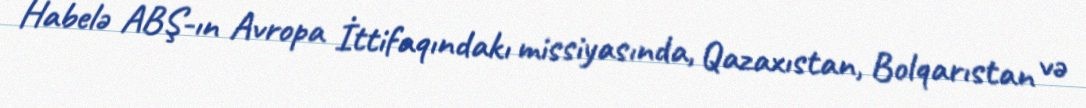
Habelə ABŞ-ın Avropa İttifaqındakı missiyasında, Qazaxıstan, Bolqarıstan və